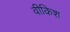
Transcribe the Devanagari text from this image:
वीकिश